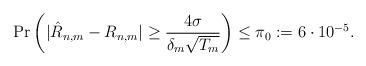
LaTeX: \begin{align*}\Pr \left(|\hat{R}_{n,m} - R_{n,m}| \geq \frac{4 \sigma}{\delta_m \sqrt{T_m}}\right) \leq \pi_0:=6\cdot 10^{-5}.\end{align*}